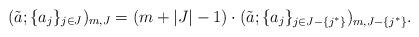
LaTeX: \begin{align*}(\tilde{a};\{a_j\}_{j\in J})_{m,J}=(m+|J|-1)\cdot(\tilde{a};\{a_j\}_{j\in J-\{j^*\}})_{m,J-\{j^*\}}.\end{align*}